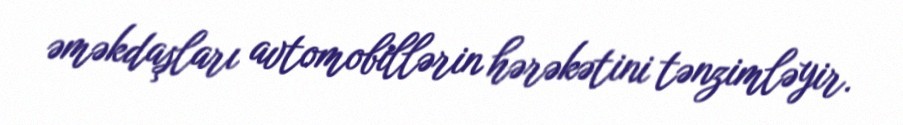
əməkdaşları avtomobillərin hərəkətini tənzimləyir.